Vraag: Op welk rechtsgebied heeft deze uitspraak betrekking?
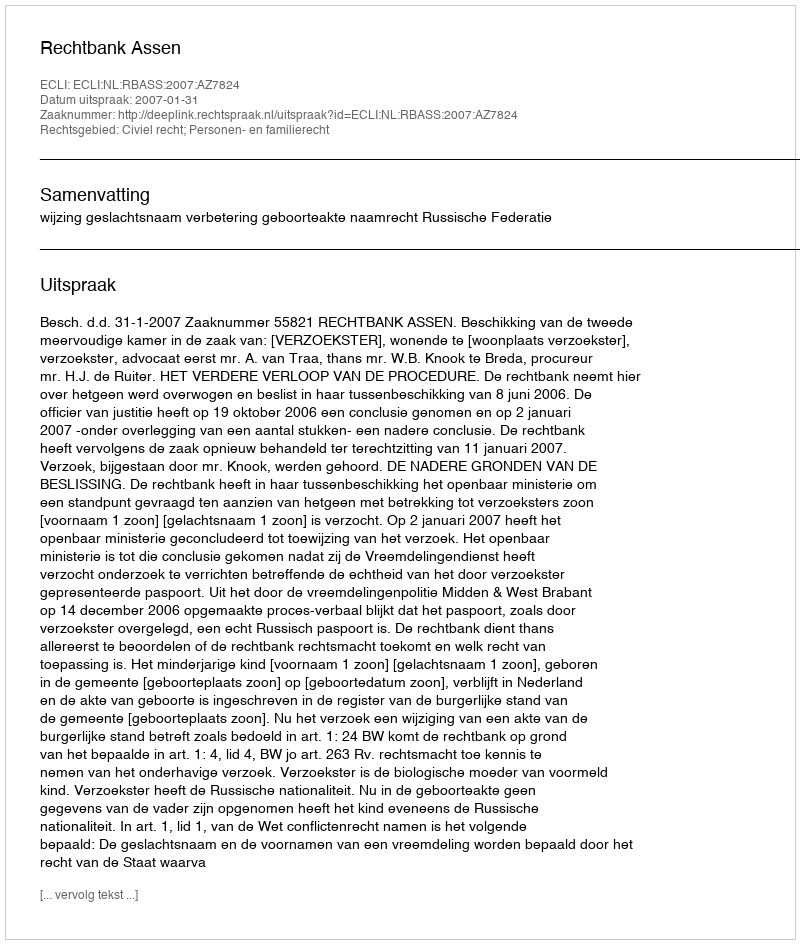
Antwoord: Civiel recht; Personen- en familierecht